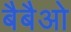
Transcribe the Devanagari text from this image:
बैबैओ